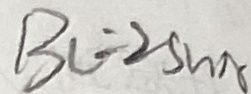
B C = 2 \sin A